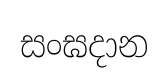
සංඝදාන